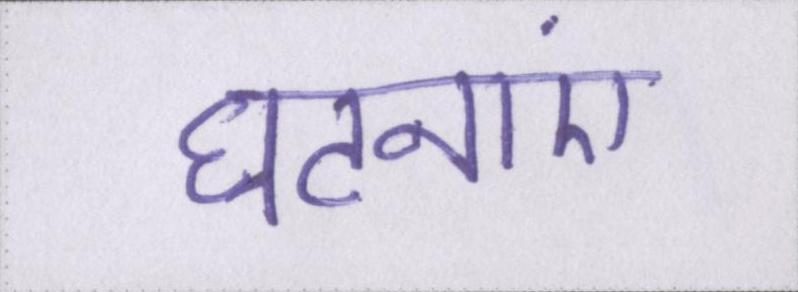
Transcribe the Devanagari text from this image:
घटनाएं